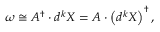
\omega \cong A ^ { \dagger } \cdot d ^ { k } X = A \cdot \left( d ^ { k } X \right) ^ { \dagger } ,